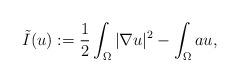
LaTeX: \begin{align*}\tilde{I}(u):=\frac{1}{2}\int_{\Omega}|\nabla u|^{2}-\int_{\Omega}au,\end{align*}